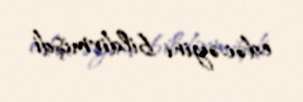
edəcəyini bildirmişdi.